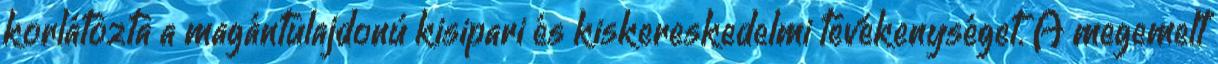
korlátozta a magántulajdonú kisipari és kiskereskedelmi tevékenységet. A megemelt